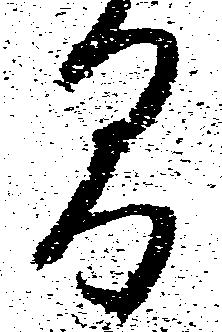
間